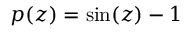
p ( z ) = \sin ( z ) - 1